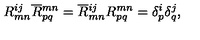
R _ { m n } ^ { i j } \overline { { R } } { } _ { p q } ^ { m n } = \overline { { R } } { } _ { m n } ^ { i j } R _ { p q } ^ { m n } = \delta _ { p } ^ { i } \delta _ { q } ^ { j } ,